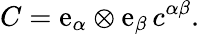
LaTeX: C=\mathrm{e}_{\alpha}\otimes\mathrm{e}_{\beta}\, c^{\alpha\beta}.